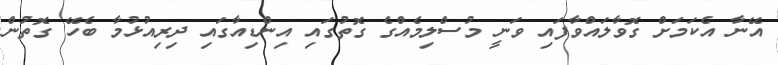
އޭނާ އެކަމަށް ގޮވާލައްވާފައި ވަނީ މުސްލިމެއްގެ ގޮތުގައި އިންޑިއާގައި ދިރިއުޅުމާ ބެހޭ ގޮތުން